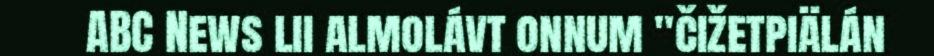
ABC News lii almolávt onnum "čižetpiälán